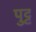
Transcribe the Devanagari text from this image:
पुट्ट